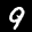
Label: 9